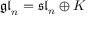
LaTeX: { \mathfrak { g l } } _ { n } = { \mathfrak { s l } } _ { n } \oplus K